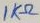
Text: 1KΩ